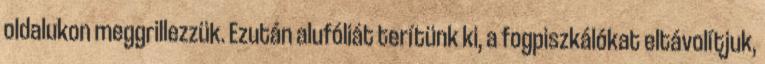
oldalukon meggrillezzük. Ezután alufóliát terítünk ki, a fogpiszkálókat eltávolítjuk,